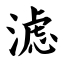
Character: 滤